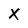
Character: X